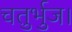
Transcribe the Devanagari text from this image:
चतुर्भुज।